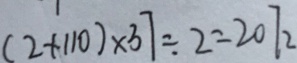
( 2 + 1 1 0 ) \times 3 7 \div 2 = 2 0 7 2